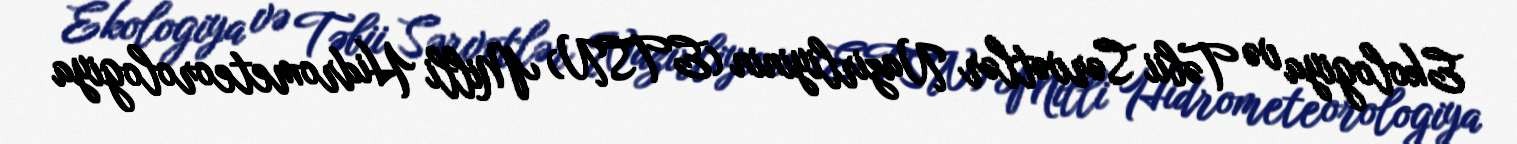
Ekologiya və Təbii Sərvətlər Nazirliyinin (ETSN) Milli Hidrometeorologiya